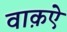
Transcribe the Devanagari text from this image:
वाक़ऐ